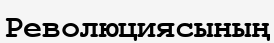
Революциясының